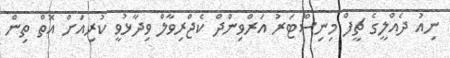
ނިއު ދެއްލީގެ ޗީފް މިނިސްޓަރު އަރްވިންދް ކެޖްރިވާލް ވިދާޅުވީ ކުރިއަށް އޮތް ތިން